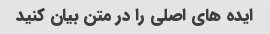
ایده های اصلی را در متن بیان کنید